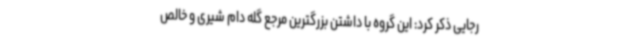
رجایی ذکر کرد: این گروه با داشتن بزرگترین مرجع گله دام شیری و خالص